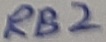
Text: RB2